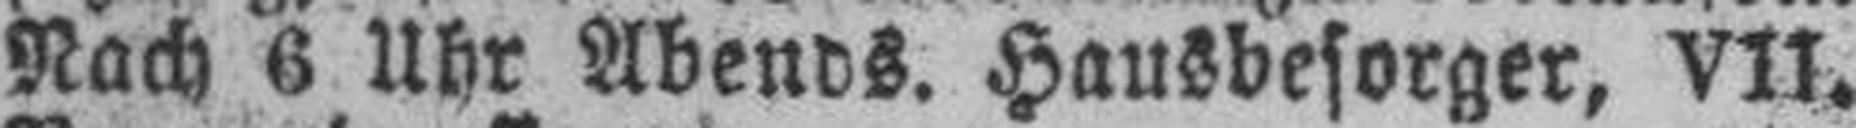
Nach 6 Uhr Abends. Hausbesorger, VII.